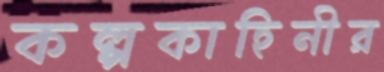
কল্পকাহিনীর